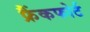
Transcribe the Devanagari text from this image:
फ्रैंकफोर्ट